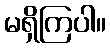
မရှိကြပါ။